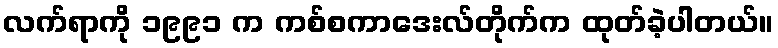
လက်ရာကို ၁၉၉၁ က ကစ်စကာဒေးလ်တိုက်က ထုတ်ခဲ့ပါတယ်။